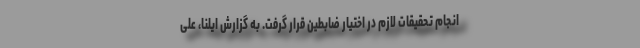
انجام تحقیقات لازم در اختیار ضابطین قرار گرفت. به گزارش ایلنا، علی